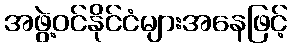
အဖွဲ့ဝင်နိုင်ငံများအနေဖြင့်